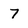
Character: 7